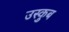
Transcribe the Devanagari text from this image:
उस्कुब